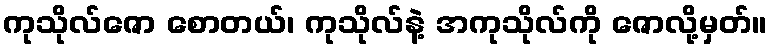
ကုသိုလ်ဇော စောတယ်၊ ကုသိုလ်နဲ့ အကုသိုလ်ကို ဇောလို့မှတ်။